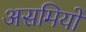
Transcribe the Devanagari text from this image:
असमियों